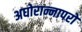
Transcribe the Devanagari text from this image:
अघोरान्नापरो